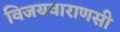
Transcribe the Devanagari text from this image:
विजयवाराणसी